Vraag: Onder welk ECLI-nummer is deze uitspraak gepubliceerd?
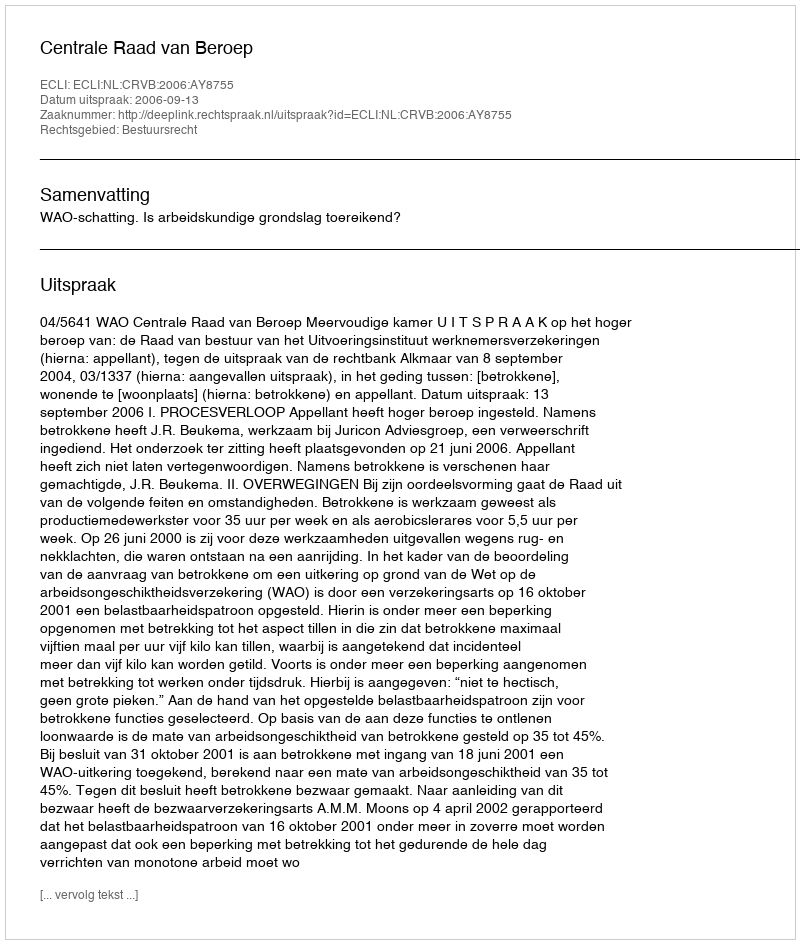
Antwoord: ECLI:NL:CRVB:2006:AY8755